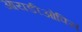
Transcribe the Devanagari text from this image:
आयडीओपिस